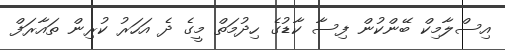
އިސްލާމިކް ބޭންކުން ފިސާ ކާޑުގެ ހިދުމަތް މީގެ ދެ އަހަރު ކުރިން ތައާރަފް